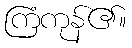
ကြံကုန်၏။